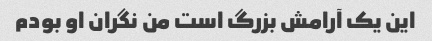
این یک آرامش بزرگ است من نگران او بودم